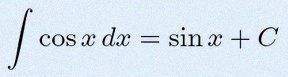
\int \cos x\,dx=\sin x+C